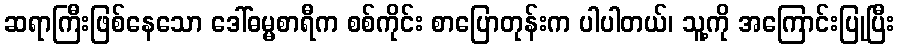
ဆရာကြီးဖြစ်နေသော ဒေါ်ဓမ္မစာရီက စစ်ကိုင်း စာပြောတုန်းက ပါပါတယ်၊ သူ့ကို အကြောင်းပြုပြီး